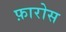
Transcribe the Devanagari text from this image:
फ़ारोस